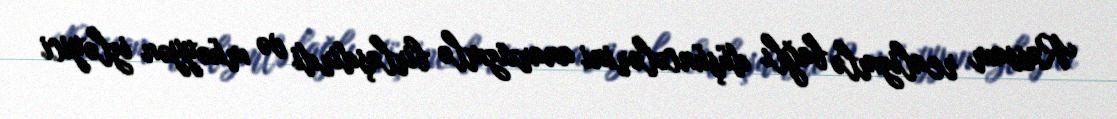
Rəssam realizmlə bağlı düşüncələrini anarxizmlə birləşdirdi və müəyyən izləyici